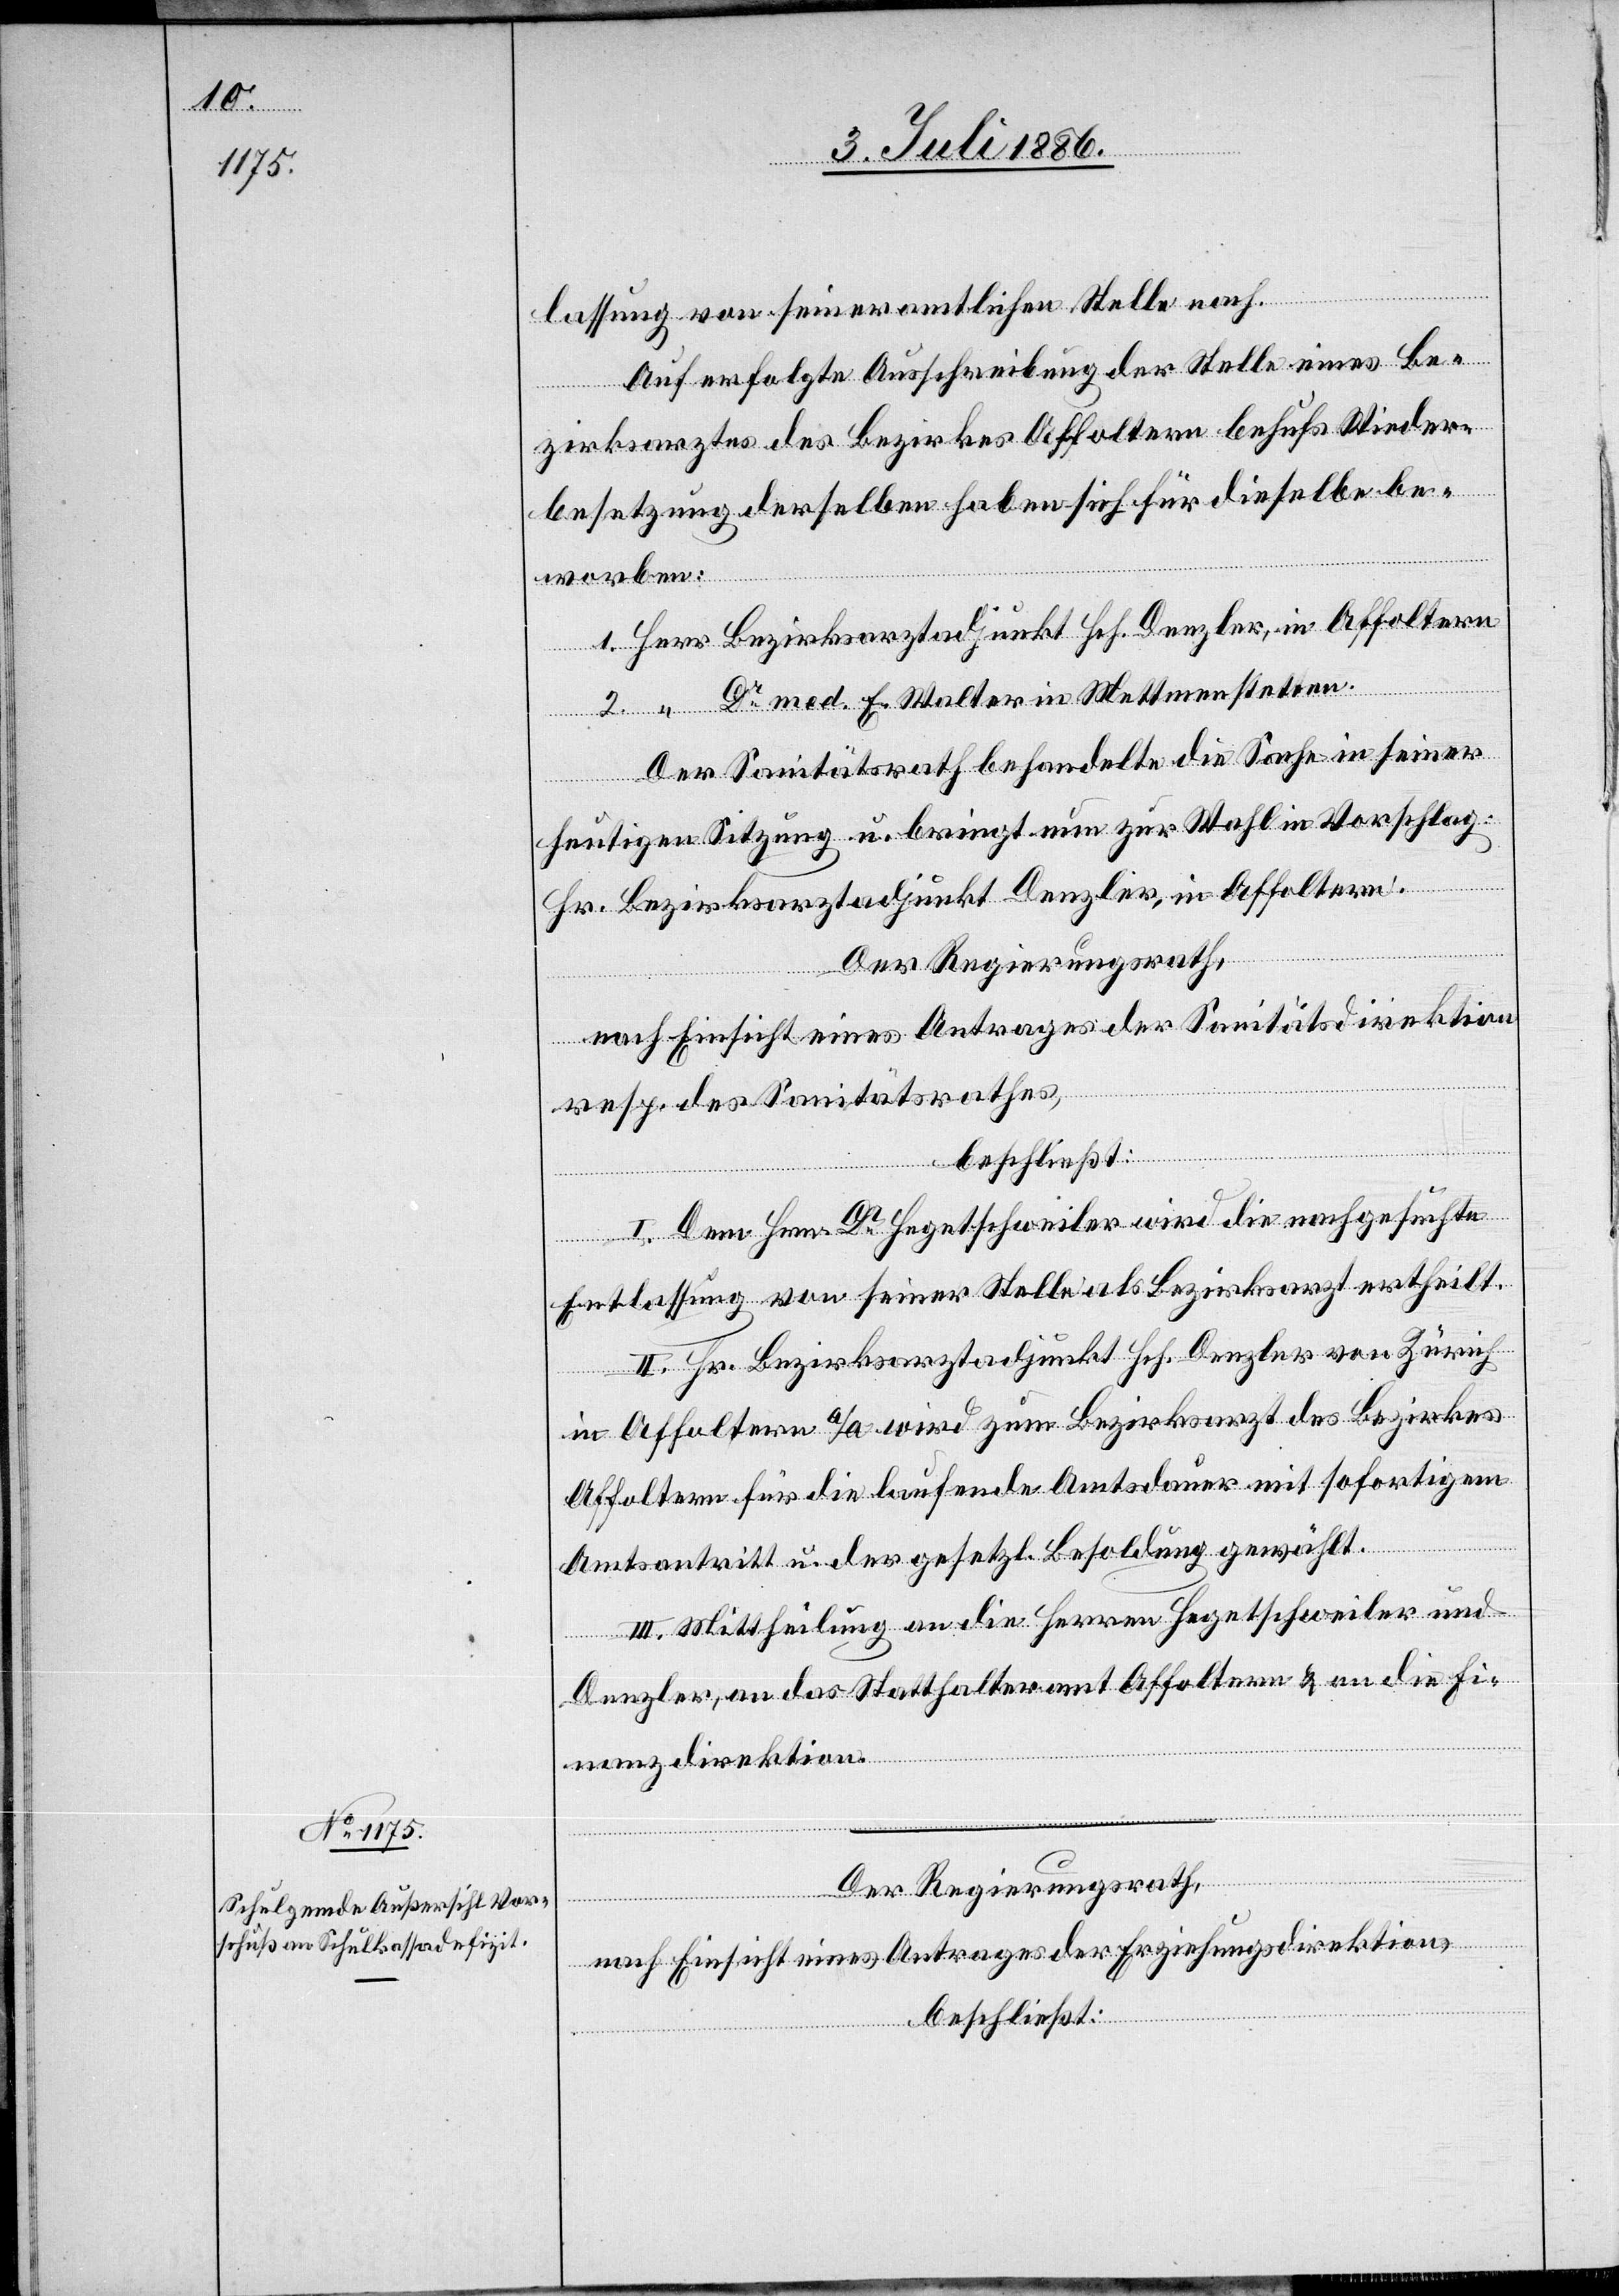
lassung von seiner amtlichen Stelle nach.
Auf erfolgte Ausschreibung der Stelle eines Be¬
zirksarztes des Bezirkes Affoltern behufs Wieder¬
besetzung derselben haben sich für dieselbe be¬
worben:
Dr med. E. Walter in Mettmenstetten.
Herr
Der Sanitätsrath behandelte die Sache in seiner
heutigen Sitzung u. bringt nun zur Wahl in Vorschlag:
Hr. Bezirksarztadjunkt Denzler, in Affoltern.
Der Regierungsrath,
nach Einsicht eines Antrages der Sanitätsdirektion
resp. des Sanitätsrathes,
beschließt:
I. Dem Hrn. Dr Hegetschweiler wird die nachgesuchte
Entlassung von seiner Stelle als Bezirksarzt ertheilt.
II. Hr. Bezirksarztadjunkt Hch. Denzler von Zürich
in Affoltern a/A. wird zum Bezirksarzt des Bezirkes
Affoltern für die laufende Amtsdauer mit sofortigem
Amtsantritt u. der gesetzl. Besoldung gewählt.
III. Mittheilung an die Herren Hegetschweiler und
Denzler, an das Statthalteramt Affoltern & an die Fi¬
nanzdirektion.
Der Regierungsrath,
nach Einsicht eines Antrages der Erziehungsdirektion,
2.
beschließt: